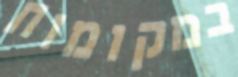
במקומות